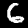
Digit: 6